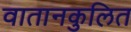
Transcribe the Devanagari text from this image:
वातानकुलित